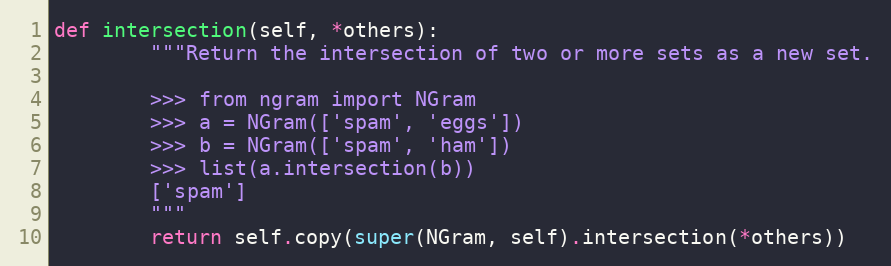
Language: Python
def intersection(self, *others):
        """Return the intersection of two or more sets as a new set.

        >>> from ngram import NGram
        >>> a = NGram(['spam', 'eggs'])
        >>> b = NGram(['spam', 'ham'])
        >>> list(a.intersection(b))
        ['spam']
        """
        return self.copy(super(NGram, self).intersection(*others))